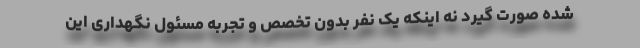
شده صورت گیرد نه اینکه یک نفر بدون تخصص و تجربه مسئول نگهداری این